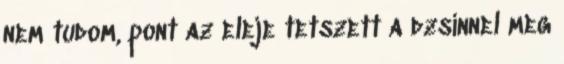
nem tudom, pont az eleje tetszett a dzsinnel meg